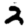
Digit: 2